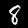
Label: 8